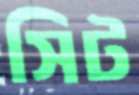
সিট